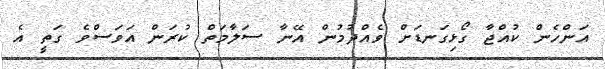
އަންހެން ކުއްޖާ ގޯޅިގަނޑަށް ވެއްދުމުން އޭނާ ސަލާމަތް ކުރަން އަވަސްވެ ގަތީ އެ